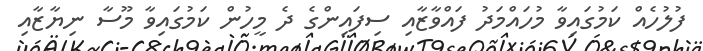
ފުލުހެއް ކަމުގައިވާ މުހައްމަދު ފައްވާޒާއި ސިފައިންގެ ދެ މީހުން ކަމުގައިވާ މޫސާ ނިޔާޒާއި